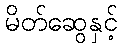
မိတ်ဆွေနှင့်